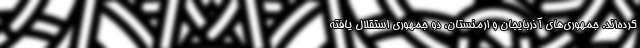
کرده‌اند. جمهوری‌های آذربایجان و ارمنستان، دو جمهوری استقلال یافته